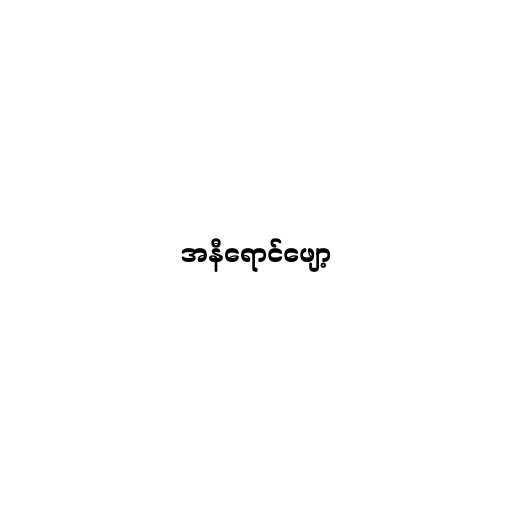
အနီရောင်ဖျော့